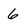
Character: 6